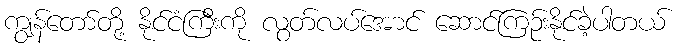
ကျွန်တော်တို့ နိုင်ငံကြီးကို လွတ်လပ်အောင် ဆောင်ကြဉ်းနိုင်ခဲ့ပါတယ်